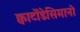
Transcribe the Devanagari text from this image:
क्वार्टोडेसिमानो